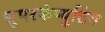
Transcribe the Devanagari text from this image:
सुपरकंप्युटिंग